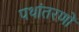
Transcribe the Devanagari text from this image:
पथांतरणों